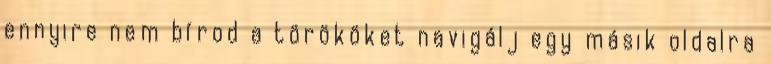
ennyire nem bírod a törököket navigálj egy másik oldalra